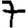
Digit: 7